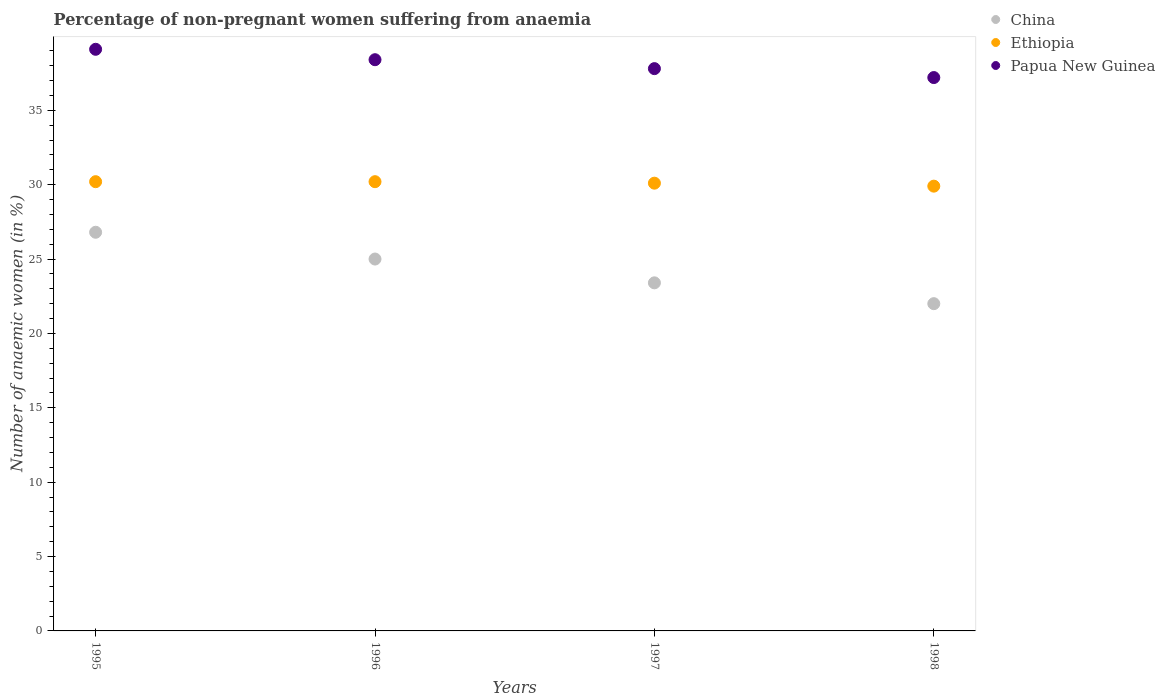
| Years | China | Ethiopia | Papua New Guinea |
 | --- | --- | --- | --- |
 | 1995 | 26.8 | 30.2 | 39.1 |
 | 1996 | 25 | 30.2 | 38.4 |
 | 1997 | 23.4 | 30.1 | 37.8 |
 | 1998 | 22 | 29.9 | 37.2 |